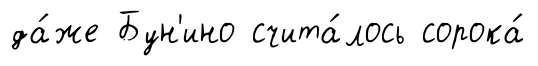
да́же Бун'ино счита́лось сорока́